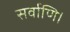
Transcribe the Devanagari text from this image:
सर्वाणि।